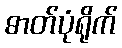
ဓာတ်ပုံရိုက်